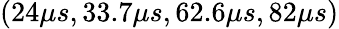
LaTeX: (24\mu s,33.7\mu s,62.6\mu s,82\mu s)